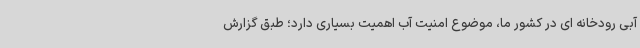
آبی رودخانه ای در کشور ما، موضوع امنیت آب اهمیت بسیاری دارد؛ طبق گزارش